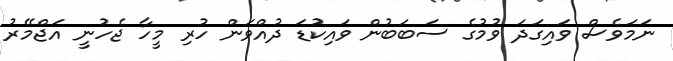
ނަމަވެސް ވައިގަދަ ވުމުގެ ސަބަބުން ވައިކުޑަ ދުއްވަން ހުރި މީހާ ޖެހުނީ އަޖްމޭރު